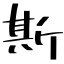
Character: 斯